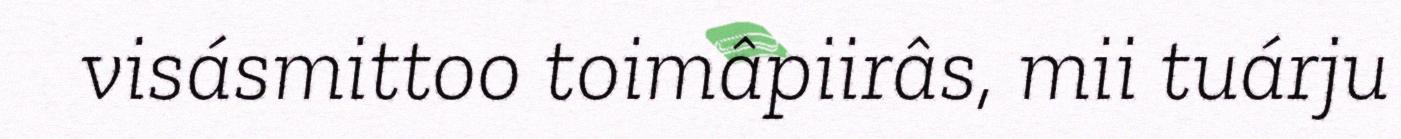
visásmittoo toimâpiirâs, mii tuárju